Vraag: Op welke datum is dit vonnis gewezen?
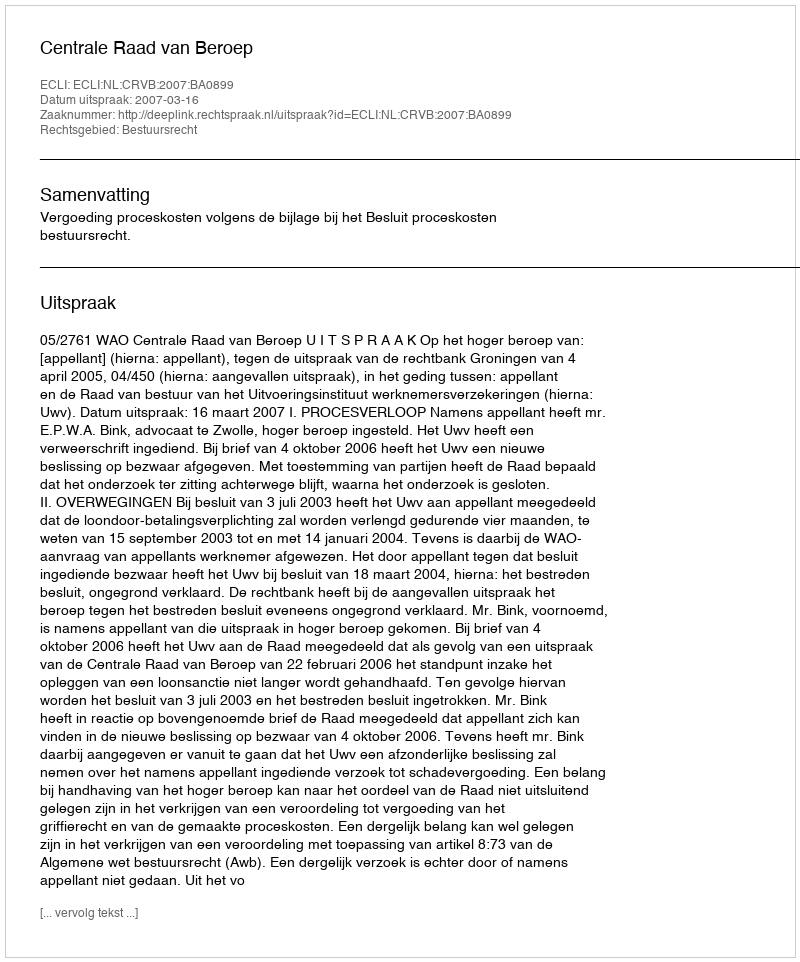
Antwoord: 2007-03-16